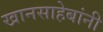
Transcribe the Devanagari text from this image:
खानसाहेबांनी